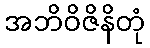
အဘိဝိဇိနိတုံ